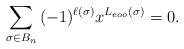
LaTeX: \begin{align*}\sum_{\sigma \in B_n}{(-1)^{\ell(\sigma)}x^{L_{eoo}(\sigma)}}=0.\end{align*}